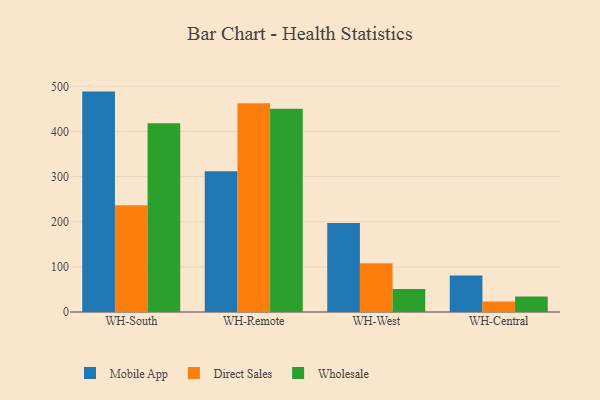
{"axis": {"x": "Warehouse", "y": "Energy Usage (MWh)"}, "legend": ["Direct Sales", "Mobile App", "Wholesale"], "data": [{"x": "WH-South", "y": 488.4, "type": "Mobile App"}, {"x": "WH-South", "y": 236.3, "type": "Direct Sales"}, {"x": "WH-South", "y": 418.4, "type": "Wholesale"}, {"x": "WH-Remote", "y": 312.0, "type": "Mobile App"}, {"x": "WH-Remote", "y": 462.7, "type": "Direct Sales"}, {"x": "WH-Remote", "y": 450.5, "type": "Wholesale"}, {"x": "WH-West", "y": 197.0, "type": "Mobile App"}, {"x": "WH-West", "y": 108.1, "type": "Direct Sales"}, {"x": "WH-West", "y": 51.0, "type": "Wholesale"}, {"x": "WH-Central", "y": 80.8, "type": "Mobile App"}, {"x": "WH-Central", "y": 23.5, "type": "Direct Sales"}, {"x": "WH-Central", "y": 34.5, "type": "Wholesale"}]}